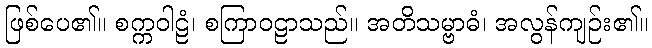
ဖြစ်ပေ၏။ စက္ကဝါဠံ၊ စကြာဝဠာသည်။ အတိသမ္ဗာဓံ၊ အလွန်ကျဉ်း၏။